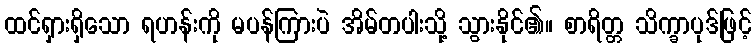
ထင်ရှားရှိသော ရဟန်းကို မပန်ကြားပဲ အိမ်တပါးသို့ သွားနိုင်၏။ စာရိတ္တ သိက္ခာပုဒ်ဖြင့်